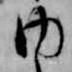
内